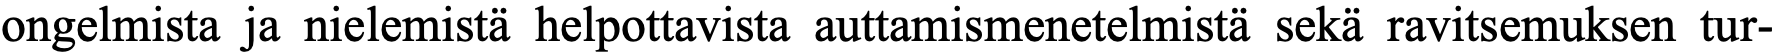
ongelmista ja nielemistä helpottavista auttamismenetelmistä sekä ravitsemuksen tur-